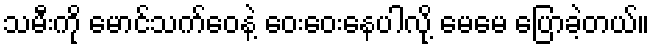
သမီးကို မောင်သက်ဝေနဲ့ ဝေးဝေးနေပါလို့ မေမေ ပြောခဲ့တယ်။